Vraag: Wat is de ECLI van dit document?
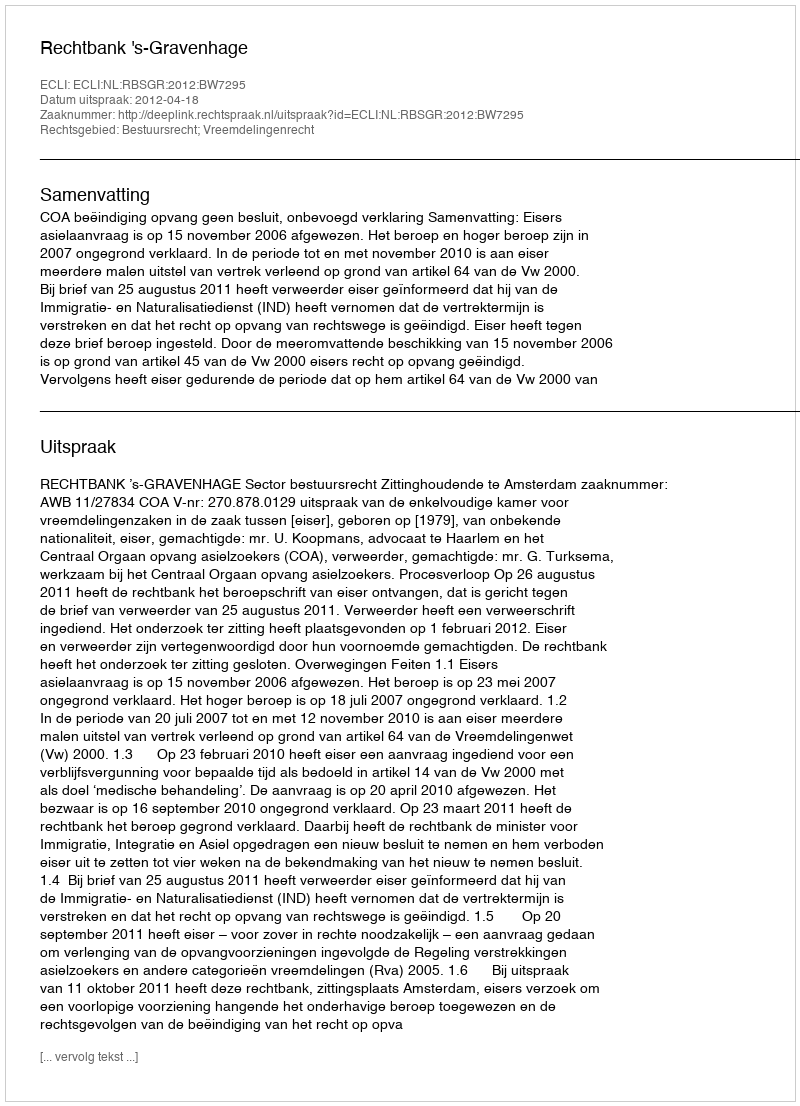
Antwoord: ECLI:NL:RBSGR:2012:BW7295